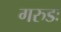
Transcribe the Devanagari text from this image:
गरुडः